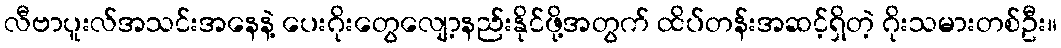
လီဗာပူးလ်အသင်းအနေနဲ့ ပေးဂိုးတွေလျော့နည်းနိုင်ဖို့အတွက် ထိပ်တန်းအဆင့်ရှိတဲ့ ဂိုးသမားတစ်ဦး။